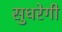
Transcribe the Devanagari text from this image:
सुधरेगी